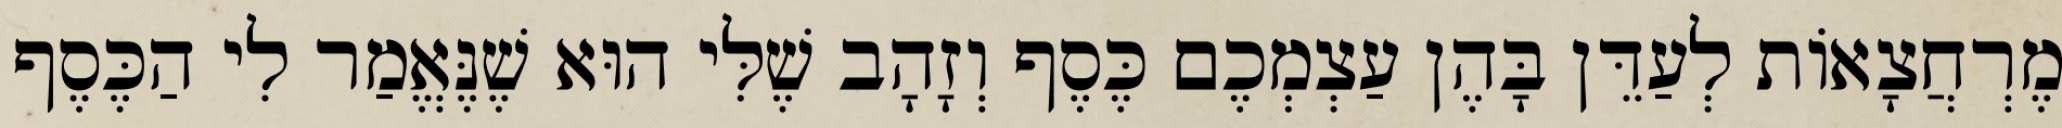
מֶרְחֲצָאוֹת לְעַדֵּן בָּהֶן עַצְמְכֶם כֶּסֶף וְזָהָב שֶׁלִּי הוּא שֶׁנֶּאֱמַר לִי הַכֶּסֶף